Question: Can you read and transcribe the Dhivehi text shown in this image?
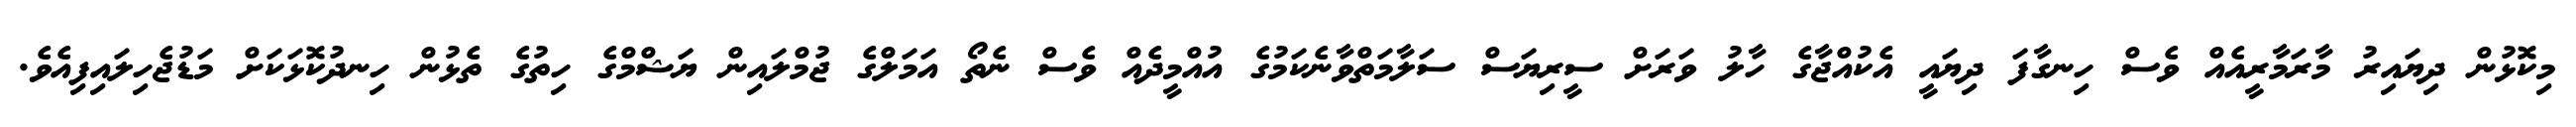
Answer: މިކޮޅުން ދިޔައިރު މާރަމާރީއެއް ވެސް ހިނގާފަ ދިޔައީ އެކުއްޖާގެ ހާލު ވަރަށް ސީރިޔަސް ސަލާމަތްވާނެކަމުގެ އުއްމީދެއް ވެސް ނެތޯ އަމަލްގެ ޖުމްލައިން ޔަޝްމްގެ ހިތުގެ ތެޅުން ހިނދުކޮޅަކަށް މަޑުޖެހިލައިފިއެވެ.